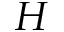
H